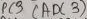
Text: ADC3